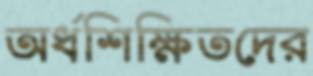
অর্ধশিক্ষিতদের